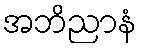
အဘိညာနံ